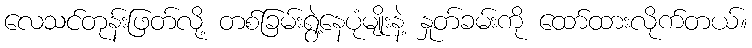
လေသင်တုန်းဖြတ်လို့ တစ်ခြမ်းရွဲ့နေပုံမျိုးနဲ့ နှုတ်ခမ်းကို ထော်ထားလိုက်တယ်။